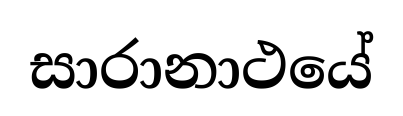
සාරානාථයේ